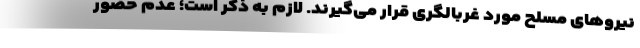
نیرو‌های مسلح مورد غربالگری قرار می‌گیرند. لازم به ذکر است؛ عدم حضور